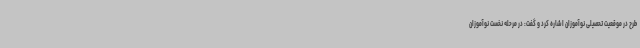
طرح در موقعیت تحصیلی نوآموزان اشاره کرد و گفت: در مرحله نخست نوآموزان